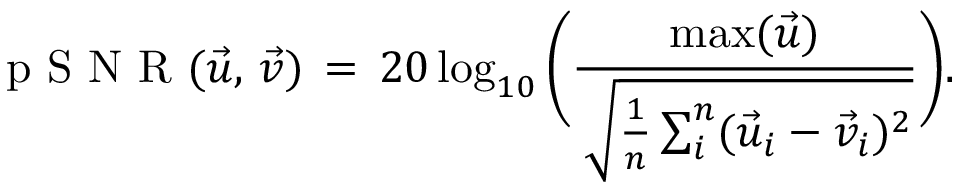
\mathrm { ~ p ~ S ~ N ~ R ~ } ( \vec { u } , \, \vec { v } ) \, = \, 2 0 \log _ { 1 0 } \bigg ( \frac { \operatorname* { m a x } ( \vec { u } ) } { { \, \sqrt { \frac { 1 } { n } \sum _ { i } ^ { n } ( \vec { u } _ { i } - { \vec { v } } _ { i } ) ^ { 2 } } } } \bigg ) .